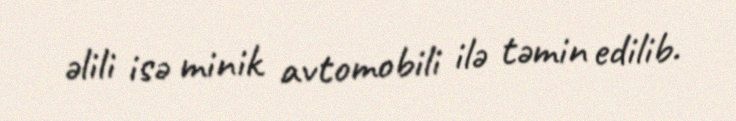
əlili isə minik avtomobili ilə təmin edilib.